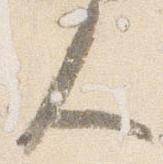
人